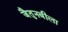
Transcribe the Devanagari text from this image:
जैतुनबीला